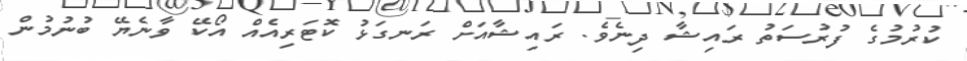
ކުރުމުގެ ފުރުސަތު ރައިޝާ ދިނެވެ. ރައިޝާއަށް ރަނގަޅު ކޮޓަރިއެއް އޯކޭ ވާނެޔޭ ބުނުމުން